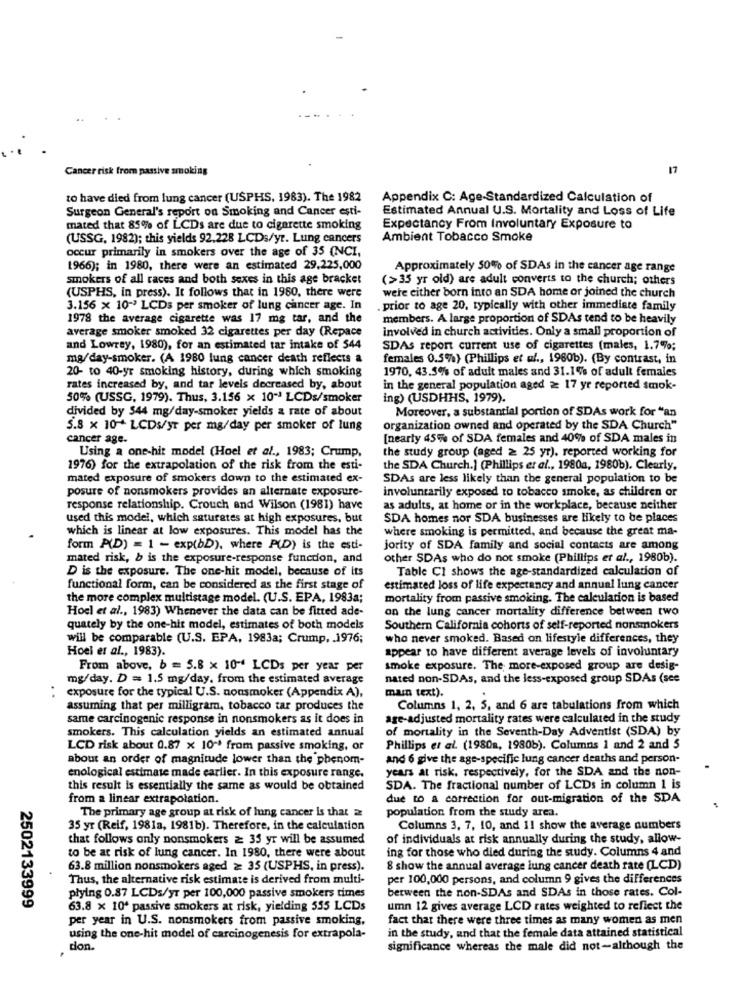
Cancer risk from passive smoking
17
to have died from lung cancer (USPHS, 1983). The 1982
Appendix C: Age-Standardized Calculation of
Surgeon General's report on Smoking and Cancer esti-
Estimated Annual U.S. Mortality and Loss of Life
mated that 85% of LCDs are due to cigarette smoking
Expectancy From Involuntary Exposure to
(USSG, 1982); this yields 92.228 LCDs/yr. Lung cancers
Ambient Tobacco Smoke
occur primarily in smokers over the age of 35 (NCI,
1966); in 1980, there were an estimated 29,225,000
Approximately 50% of SDAs in the cancer age range
smokers of all races and both sexes in this age bracket
(>35 yr old) are adult converts to the church; others
(USPHS, in press). It follows that in 1980, there were
were either born into an SDA home or joined the church
3.156 x 10- LCDs per smoker of lung cancer age. In
. prior to age 20, typically with other immediate family
1978 the average cigarette was 17 mg tar, and the
members. A large proportion of SDAs tend to be heavily
average smoker smoked 32 cigarettes per day (Repace
involved in church activities. Only a small proportion of
and Lowrey, 1980), for an estimated tar intake of 544
SDAs report current use of cigarettes (males, 1.7%;
mg/day-smoker. (A 1980 lung cancer death reflects a
females 0.5%} (Phillips et al ., 1980b). (By contrast, in
20- to 40-yr smoking history, during which smoking
1970, 43.5% of adult males and 31.1% of adult females
rates increased by, and tar levels decreased by, about
in the general population aged ≥ 17 yr reported smok-
50% (USSG, 1979). Thus, 3.156 x 10" LCDs/smoker
ing) (USDHHS, 1979).
divided by 544 mg/day-smoker yields a rate of about
Moreover, a substantial portion of SDAs work for "an
5.8 x 10+ LCDsyr per mg/day per smoker of lung
organization owned and operated by the SDA Church"
cancer age.
[nearly 45% of SDA females and 40% of SDA males in
Using a one-hit model (Hoel et al ., 1983; Crump,
the study group (aged ≥ 25 yr), reported working for
1976) for the extrapolation of the risk from the esti-
the SDA Church.] (Phillips et al ., 1980a, 1980b). Clearly,
mated exposure of smokers down to the estimated ex-
SDAs are less likely than the general population to be
posure of nonsmokers provides an alternate exposure-
involuntarily exposed to tobacco smoke, as children or
response relationship. Crouch and Wilson (1981) have
as adults, at home or in the workplace, because neither
used this model, which saturates at high exposures, but
SDA homes nor SDA businesses are likely to be places
which is linear at low exposures. This model has the
where smoking is permitted, and because the great ma-
form P(D) = 1 - exp(bD), where P(D) is the esti-
jority of SDA family and social contacts are among
mated risk, b is the exposure-response function, and
other SDAs who do not smoke (Phillips et al ., 1980b).
D is the exposure. The one-hit model, because of its
Table CI shows the age-standardized calculation of
functional form, can be considered as the first stage of
estimated loss of life expectancy and annual lung cancer
the more complex multistage model. (U.S. EPA, 1983a;
mortality from passive smoking. The calculation is based
Hoel et al ., 1983) Whenever the data can be fitted ade-
on the lung cancer mortality difference between two
quately by the one-hit model, estimates of both models
Southern California cohorts of self-reported nonsmokers
will be comparable (U.S. EPA, 1983a; Crump, . 1976;
who never smoked. Based on lifestyle differences, they
Hoel et al ., 1983).
appear to have different average levels of involuntary
From above, b = 5.8 x 10" LCDs per year per
smoke exposure. The more-exposed group are desig-
mg/day. D = 1.5 mg/day, from the estimated average
nated non-SDAs, and the less-exposed group SDAs (see
exposure for the typical U.S. nonsmoker (Appendix A),
man text).
..
assuming that per milligram, tobacco tar produces the
Columns 1, 2, 5, and 6 are tabulations from which
same carcinogenic response in nonsmokers as it does in
age-adjusted mortality rates were calculated in the study
smokers. This calculation yields an estimated annual
of mortality in the Seventh-Day Adventist (SDA) by
LCD risk about 0.87 x 10 ~* from passive smoking, or
Phillips et al. (1980s, 1980b). Columns 1 and 2 and 5
about an order of magnitude lower than the phenom-
and 6 give the age-specific lung cancer deaths and person-
years at risk, respectively, for the SDA and the non-
enological estimate made earlier. In this exposure range.
this result is essentially the same as would be obtained
SDA. The fractional number of LCDs in column 1 is
from a linear extrapolation.
due to a correction for out-migration of the SDA
The primary age group at risk of lung cancer is that 2
population from the study area.
35 yr (Reif, 1981a, 1981b). Therefore, in the calculation
Columns 3, 7, 10, and 11 show the average numbers
that follows only nonsmokers ≥ 35 yr will be assumed
of individuals at risk annually during the study, allow-
ing for those who died during the study. Columns 4 and
to be at risk of lung cancer. In 1980, there were about
63.8 million nonsmokers aged ≥ 35 (USPHS, in press).
8 show the annual average lung cancer death rate (LCD)
Thus, the alternative risk estimate is derived from multi-
per 100,000 persons, and column 9 gives the differences
between the non-SDAs and SDAs in those rates. Col-
płying 0.87 LCDs/yr per 100,000 passive smokers times
2502133999
63.8 x 10ª passive smokers at risk, yielding 555 LCDs
umn 12 gives average LCD rates weighted to reflect the
per year in U.S. nonsmokers from passive smoking,
fact that there were three times as many women as men
in the study, and that the female data attained statistical
using the one-hit model of carcinogenesis for extrapola-
tion.
significance whereas the male did not-although the